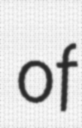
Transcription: of